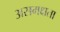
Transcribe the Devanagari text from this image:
असमक्षता